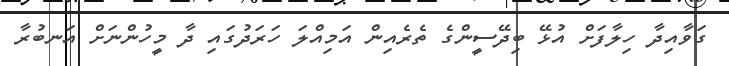
ގަވާއިދާ ހިލާފަށް އުޅޭ ބިދޭސީންގެ ތެރެއިން އަމިއްލަ ހަރަދުގައި ދާ މީހުންނަށް އަނބުރާ